Lunatic asylums Madras 1877-1891 - 1877-1891
Year: 1877
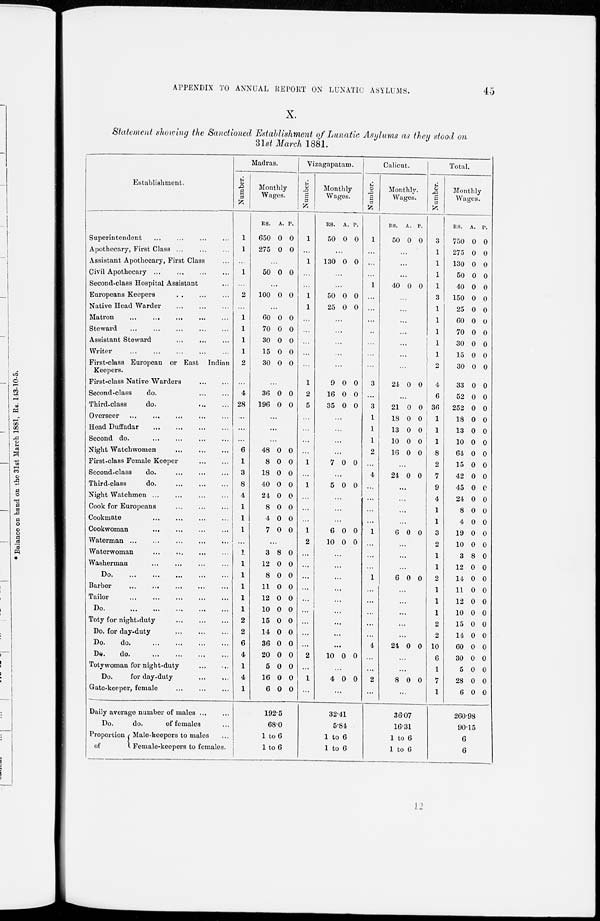
45
APPENDIX TO ANNUAL REPORT ON LUNATIC ASYLUMS.
X.
Statement showing the Sanctioned Establishment of Lunatic Asylums as they stood on
31st March 1881.
Establishment.
Superintendent
...
...
...
...
Apothecary, First Class ... ... ...
Assistant Apthecary, First Class ...
Civil Apothecary
...
...
...
...
Second-class Hospital Assistant ...
Europeans Keepers ... ... ...
Native Head Warder ... ... ...
Matron
...
...
...
...
Steward ... ... ... ...
Assistant Steward ... ... ...
Writer ... ... ... ...
First-class European or East Indian Keepers.
First-class Native Warders
...
...
Second-class
do. ... ...
Third-class
do.
...
...
Overseer
... ... ... ... ...
Head
Duffadar
...
...
...
...
Second do. ... ... ... ...
Night Watch women ... ... ...
First-class Female Keeper
...
...
Second-class
do
...
...
...
Third-class
do ... ... ...
Night Watch men
...
...
...
...
Cook for Europeans
...
...
...
Cookmate
...
...
...
...
Cookwoman ... ... ... ...
Waterman
...
...
...
...
...
Waterwoman
...
...
...
...
Washerman ... ... ... ...
Do.
...
...
...
...
...
Barber ... ... ... ... ...
Tailor
...
...
...
...
...
Do.
...
...
...
...
...
Toty for night-duty ... ... ...
Do. for day-duty ... ... ...
Do.
do ... ... ... ...
Do.
do. ... ... ...
Toty woman for night-duty
...
...
Do.
for day-duty
...
...
Gate-keeper, female ... ... ...
Daily average number of males ... ...
Do.
do.
of females ...
Proportion
of
Male-keepers to males ...
Female-keepers to females.
Madras.
Number.
1
1
...
1
...
2
...
1
1
1
1
2
...
4
28
...
...
...
6
1
3
8
4
1
1
1
...
1
1
1
1
1
1
2
2
6
4
1
4
1
Monthly
Wages.
Rs.
650
275
A.
0
0
P.
0
0
...
50 0 0
...
100 0 0
...
60
70
30
15
30
0
0
0
0
0
0
0
1
0
0
...
36
196
0
0
0
0
...
...
...
48
8
18
40
21
8
4
7
0
0
0
0
0
0
0
0
0
0
0
0
0
0
0
0
...
3
12
8
11
12
10
15
14
36
20
5
16
6
8
0
0
0
0
0
0
0
0
0
0
0
0
0
0
0
0
0
0
0
0
0
0
0
0
0
192.5
68.0
1 to 6
1 to 6
Vizagapatam.
Number.
1
...
1
...
...
1
1
...
...
...
...
...
1
2
5
...
...
...
...
1
...
1
...
...
...
1
2
...
...
...
...
...
...
...
...
...
2
...
1
...
Monthly
Wages.
Rs.
50
A.
0
P.
0
...
130 0 0
...
...
50
25
0
0
0
0
...
...
...
...
...
9
16
35
0
0
0
0
0
0
...
...
...
...
7 0 0
...
5 0 0
...
...
...
6
10
0
0
0
0
...
...
...
...
...
...
...
...
...
10 0 0
...
4 0 0
...
32.41
5.84
1 to 6
1 to 6
Calicut.
Number.
1
...
...
...
1
...
...
...
...
...
...
...
3
...
3
1
1
1
2
...
4
...
...
...
...
1
...
...
...
1
...
...
...
...
...
4
...
...
2
...
Monthly
Wages.
Rs.
50
A.
0
P.
0
...
...
...
40 0 0
...
...
...
...
...
...
...
24 0 0
...
21
18
13
10
16
0
0
0
0
0
0
1
1
0
0
...
24 0 0
...
...
...
...
6 0 0
...
...
...
6 0 0
...
...
...
...
...
24 0 0
...
...
8 0 0
...
36.07
16.31
1 to 6
1 to 6
Total.
Number
3
1
1
1
1
3
1
1
1
1
1
2
4
6
36
1
1
1
8
2
7
9
4
1
1
3
2
1
1
2
1
1
1
2
2
10
6
1
7
1
Monthly
Wages.
Rs.
750
275
130
50
40
150
25
60
70
30
15
30
33
52
252
18
13
10
64
15
42
45
24
8
4
19
10
3
12
14
11
12
10
15
14
60
30
5
28
6
A.
0
0
0
0
0
0
0
0
0
0
0
0
0
0
0
0
0
0
0
0
0
0
0
0
0
0
0
8
0
0
0
0
0
0
0
0
0
0
0
0
P.
0
0
0
0
0
0
0
0
0
0
0
0
0
0
0
0
0
0
0
0
0
0
0
0
0
0
0
0
0
0
0
0
0
0
0
0
0
0
0
0
260.98
90.15
6
6
12